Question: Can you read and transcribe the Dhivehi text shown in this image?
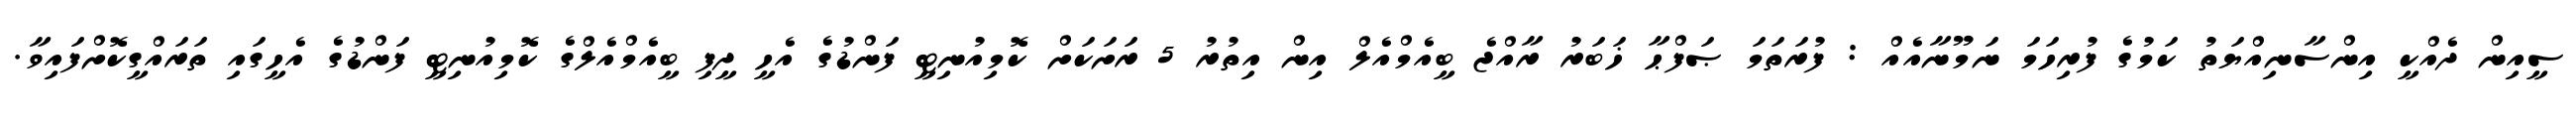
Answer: ސީއިން ދެއްކީ އިންސާނިއްޔަތު ކަމުގެ ފުރިހަމަ ނަމޫނާއެއް : ފުރަތަމަ ޞަފްޙާ ޚަބަރު ރާއްޖެ ބީއެމްއެލް އިން އިތުރު 5 ރަށަކަށް ކޮމިއުނިޓީ ފަންޑުގެ އެހީ ދީފި ބީއެމްއެލްގެ ކޮމިއުނިޓީ ފަންޑުގެ އެހީގައި ތަރައްގީކޮށްފައިވާ.